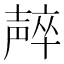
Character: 𱘠